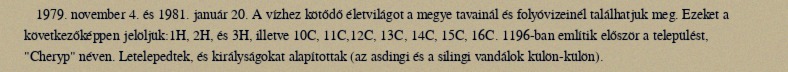
1979. november 4. és 1981. január 20. A vízhez kötődő életvilágot a megye tavainál és folyóvizeinél találhatjuk meg. Ezeket a következőképpen jelöljük:1H, 2H, és 3H, illetve 10C, 11C,12C, 13C, 14C, 15C, 16C. 1196-ban említik először a települést, "Cheryp" néven. Letelepedtek, és királyságokat alapítottak (az asdingi és a silingi vandálok külön-külön).